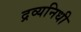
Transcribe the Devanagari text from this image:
द्रव्यनिधी